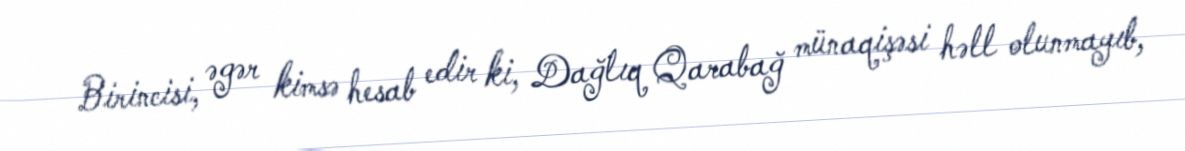
Birincisi, əgər kimsə hesab edir ki, Dağlıq Qarabağ münaqişəsi həll olunmayıb,